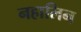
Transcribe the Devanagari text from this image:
नहालिन